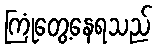
ကြုံတွေ့နေရသည်